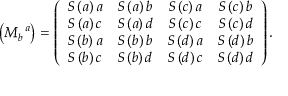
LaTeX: \left( M _ { b } ^ { \, \, \, \, a } \right) = \left( \begin{array} { c c c c } { { S \left( a \right) a } } & { { S \left( a \right) b } } & { { S \left( c \right) a } } & { { S \left( c \right) b } } \\ { { S \left( a \right) c } } & { { S \left( a \right) d } } & { { S \left( c \right) c } } & { { S \left( c \right) d } } \\ { { S \left( b \right) a } } & { { S \left( b \right) b } } & { { S \left( d \right) a } } & { { S \left( d \right) b } } \\ { { S \left( b \right) c } } & { { S \left( b \right) d } } & { { S \left( d \right) c } } & { { S \left( d \right) d } } \end{array} \right) .